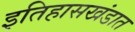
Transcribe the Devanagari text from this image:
इतिहासखंडात